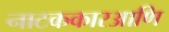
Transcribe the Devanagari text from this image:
नाटककारआणि